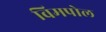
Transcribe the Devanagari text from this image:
विमपोल